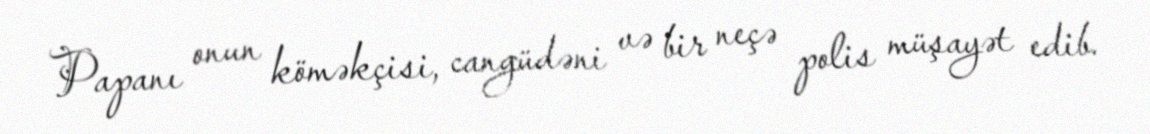
Papanı onun köməkçisi, cangüdəni və bir neçə polis müşayət edib.